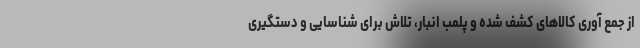
از جمع آوری کالاهای کشف شده و پلمب انبار، تلاش برای شناسایی و دستگیری